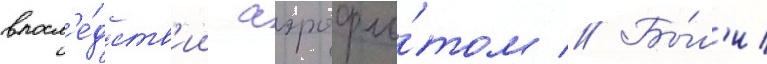
впосл'е́дств'ии аэрофло́том // Бы́л'и